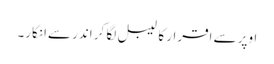
اوپر سے اقرار کا لیبل لگا کر اندر سےانکار۔